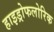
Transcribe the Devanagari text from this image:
हाइड्रोफलोरिक